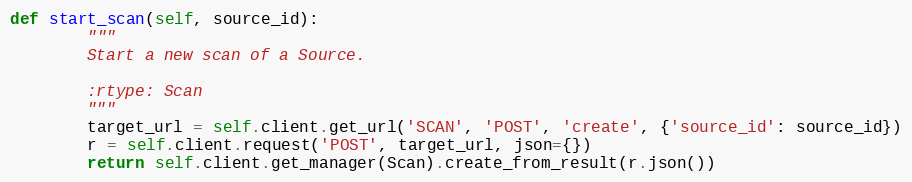
Language: Python
def start_scan(self, source_id):
        """
        Start a new scan of a Source.

        :rtype: Scan
        """
        target_url = self.client.get_url('SCAN', 'POST', 'create', {'source_id': source_id})
        r = self.client.request('POST', target_url, json={})
        return self.client.get_manager(Scan).create_from_result(r.json())